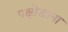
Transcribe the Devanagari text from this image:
पक्षीखाना